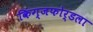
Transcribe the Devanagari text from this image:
किंग्जफोर्डला